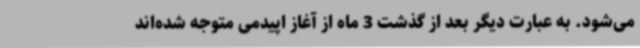
می‌شود. به عبارت دیگر بعد از گذشت 3 ماه از آغاز اپیدمی متوجه شده‌اند